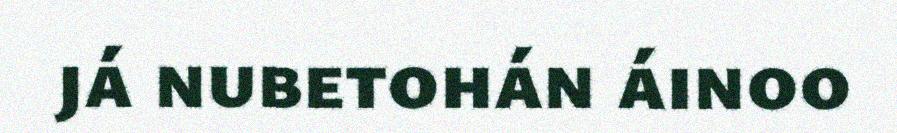
já nubetohán áinoo